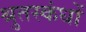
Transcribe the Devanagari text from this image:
श्रुतस्कंधों